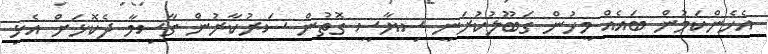
އެހެންކަމުން ބައެއް މީހުން ގަބޫލުކުރަނީ ސިޔާސީ ގޮތުން ސަރުކާރުން ގާސިމާ ދެކޮޅަށް އެޅި